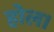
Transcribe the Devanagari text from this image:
होल।